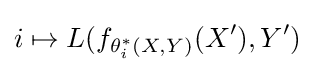
i\mapsto L(f_{\theta _{i}^{*}(X,Y)}(X'),Y')